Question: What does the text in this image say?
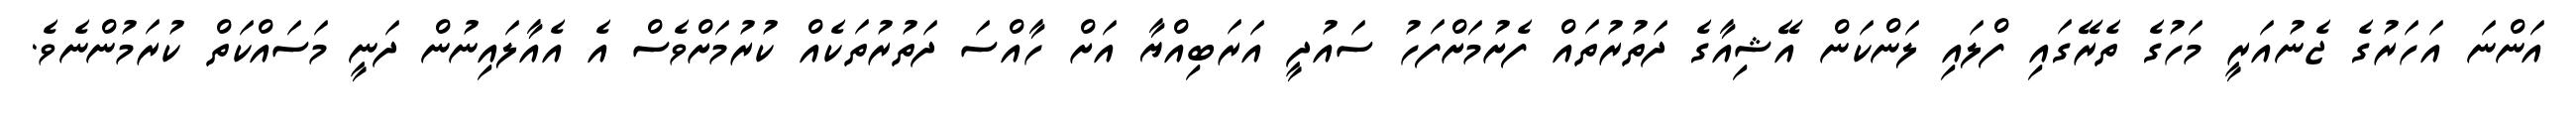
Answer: އަންނަ އަހަރުގެ ޖެނުއަރީ މަހުގެ ތެރޭގައި ފްލައި ލަންކަން އޭޝިއާގެ ދަތުރުތައް ފެށުމަށްފަހު ސައުދީ އަރަބިއްޔާ އަށް ހާއްސަ ދަތުރުތަކެއް ކުރުމަށްވެސް އެ އެއާލައިނުން ދަނީ މަސައްކަތް ކުރަމުންނެވެ.